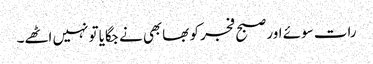
رات سوئے اور صبح فجر کو بھابھی نے جگایا تو نہیں اٹھے۔